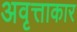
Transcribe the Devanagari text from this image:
अवृत्ताकार